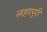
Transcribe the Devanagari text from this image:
लहरपुरी